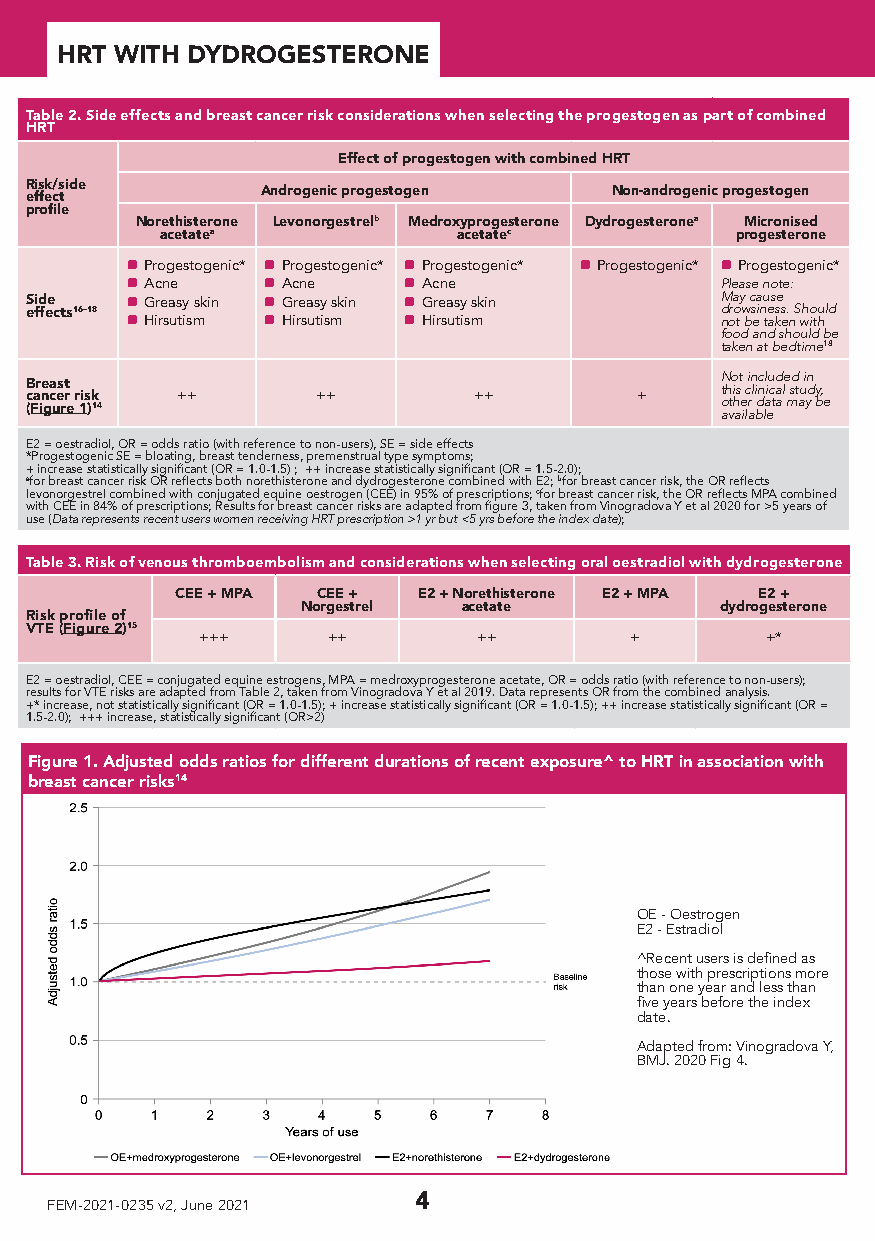
HRT WITH DYDROGESTERONE
 Table 2. Side effects and breast cancer risk considerations when selecting the progestogen as part of combined
 HRT
 Effect of progestogen with combined HRT
 R efis fek c/s t ide Androgenic progestogen Non-androgenic progestogen
 profile
 Norethisterone Levonorgestrelb Medroxyprogesterone Dydrogesteronea Micronised
 acetatea           acetatec           progesterone
 a Progestogenic* a Progestogenic* a Progestogenic* a Progestogenic* a Progestogenic*
 a Acne   a Acne    a Acne               Please note:
 S ei fd fee c ts16–18 a Greasy skin a Greasy skin a Greasy skin M dra oy w c sa inu es se s . Should
 a Hirsutism a Hirsutism a Hirsutism     not be taken with
 food and should be
 taken at bedtime18
 Not included in
 Breast                                        this clinical study,
 cancer risk ++     ++        ++         +     other data may be
 (Figure 1)14                                  available
 E2 = oestradiol, OR = odds ratio (with reference to non-users), SE = side effects
 *Progestogenic SE = bloating, breast tenderness, premenstrual type symptoms;
 + increase statistically significant (OR = 1.0-1.5) ; ++ increase statistically significant (OR = 1.5-2.0);
 afor breast cancer risk OR reflects both norethisterone and dydrogesterone combined with E2; bfor breast cancer risk, the OR reflects
 levonorgestrel combined with conjugated equine oestrogen (CEE) in 95% of prescriptions; cfor breast cancer risk, the OR reflects MPA combined
 with CEE in 84% of prescriptions; Results for breast cancer risks are adapted from figure 3, taken from Vinogradova Y et al 2020 for >5 years of
 use (Data represents recent users women receiving HRT prescription >1 yr but <5 yrs before the index date);
 Table 3. Risk of venous thromboembolism and considerations when selecting oral oestradiol with dydrogesterone
 CEE + MPA CEE + E2 + Norethisterone E2 + MPA E2 +
 Norgestrel acetate          dydrogesterone
 Risk profile of
 VTE (Figure 2)15
 +++      ++        ++        +        +*
 E2 = oestradiol, CEE = conjugated equine estrogens, MPA = medroxyprogesterone acetate, OR = odds ratio (with reference to non-users);
 results for VTE risks are adapted from Table 2, taken from Vinogradova Y et al 2019. Data represents OR from the combined analysis.
 +* increase, not statistically significant (OR = 1.0-1.5); + increase statistically significant (OR = 1.0-1.5); ++ increase statistically significant (OR =
 1.5-2.0); +++ increase, statistically significant (OR>2)
 Figure 1. Adjusted odds ratios for different durations of recent exposure^ to HRT in association with
 breast cancer risks14
 OE - Oestrogen
 E2 - Estradiol
 ^Recent users is defined as
 those with prescriptions more
 than one year and less than
 five years before the index
 date.
 Adapted from: Vinogradova Y,
 BMJ. 2020 Fig 4.
 FEM-2021-0235 v2, June 2021 4